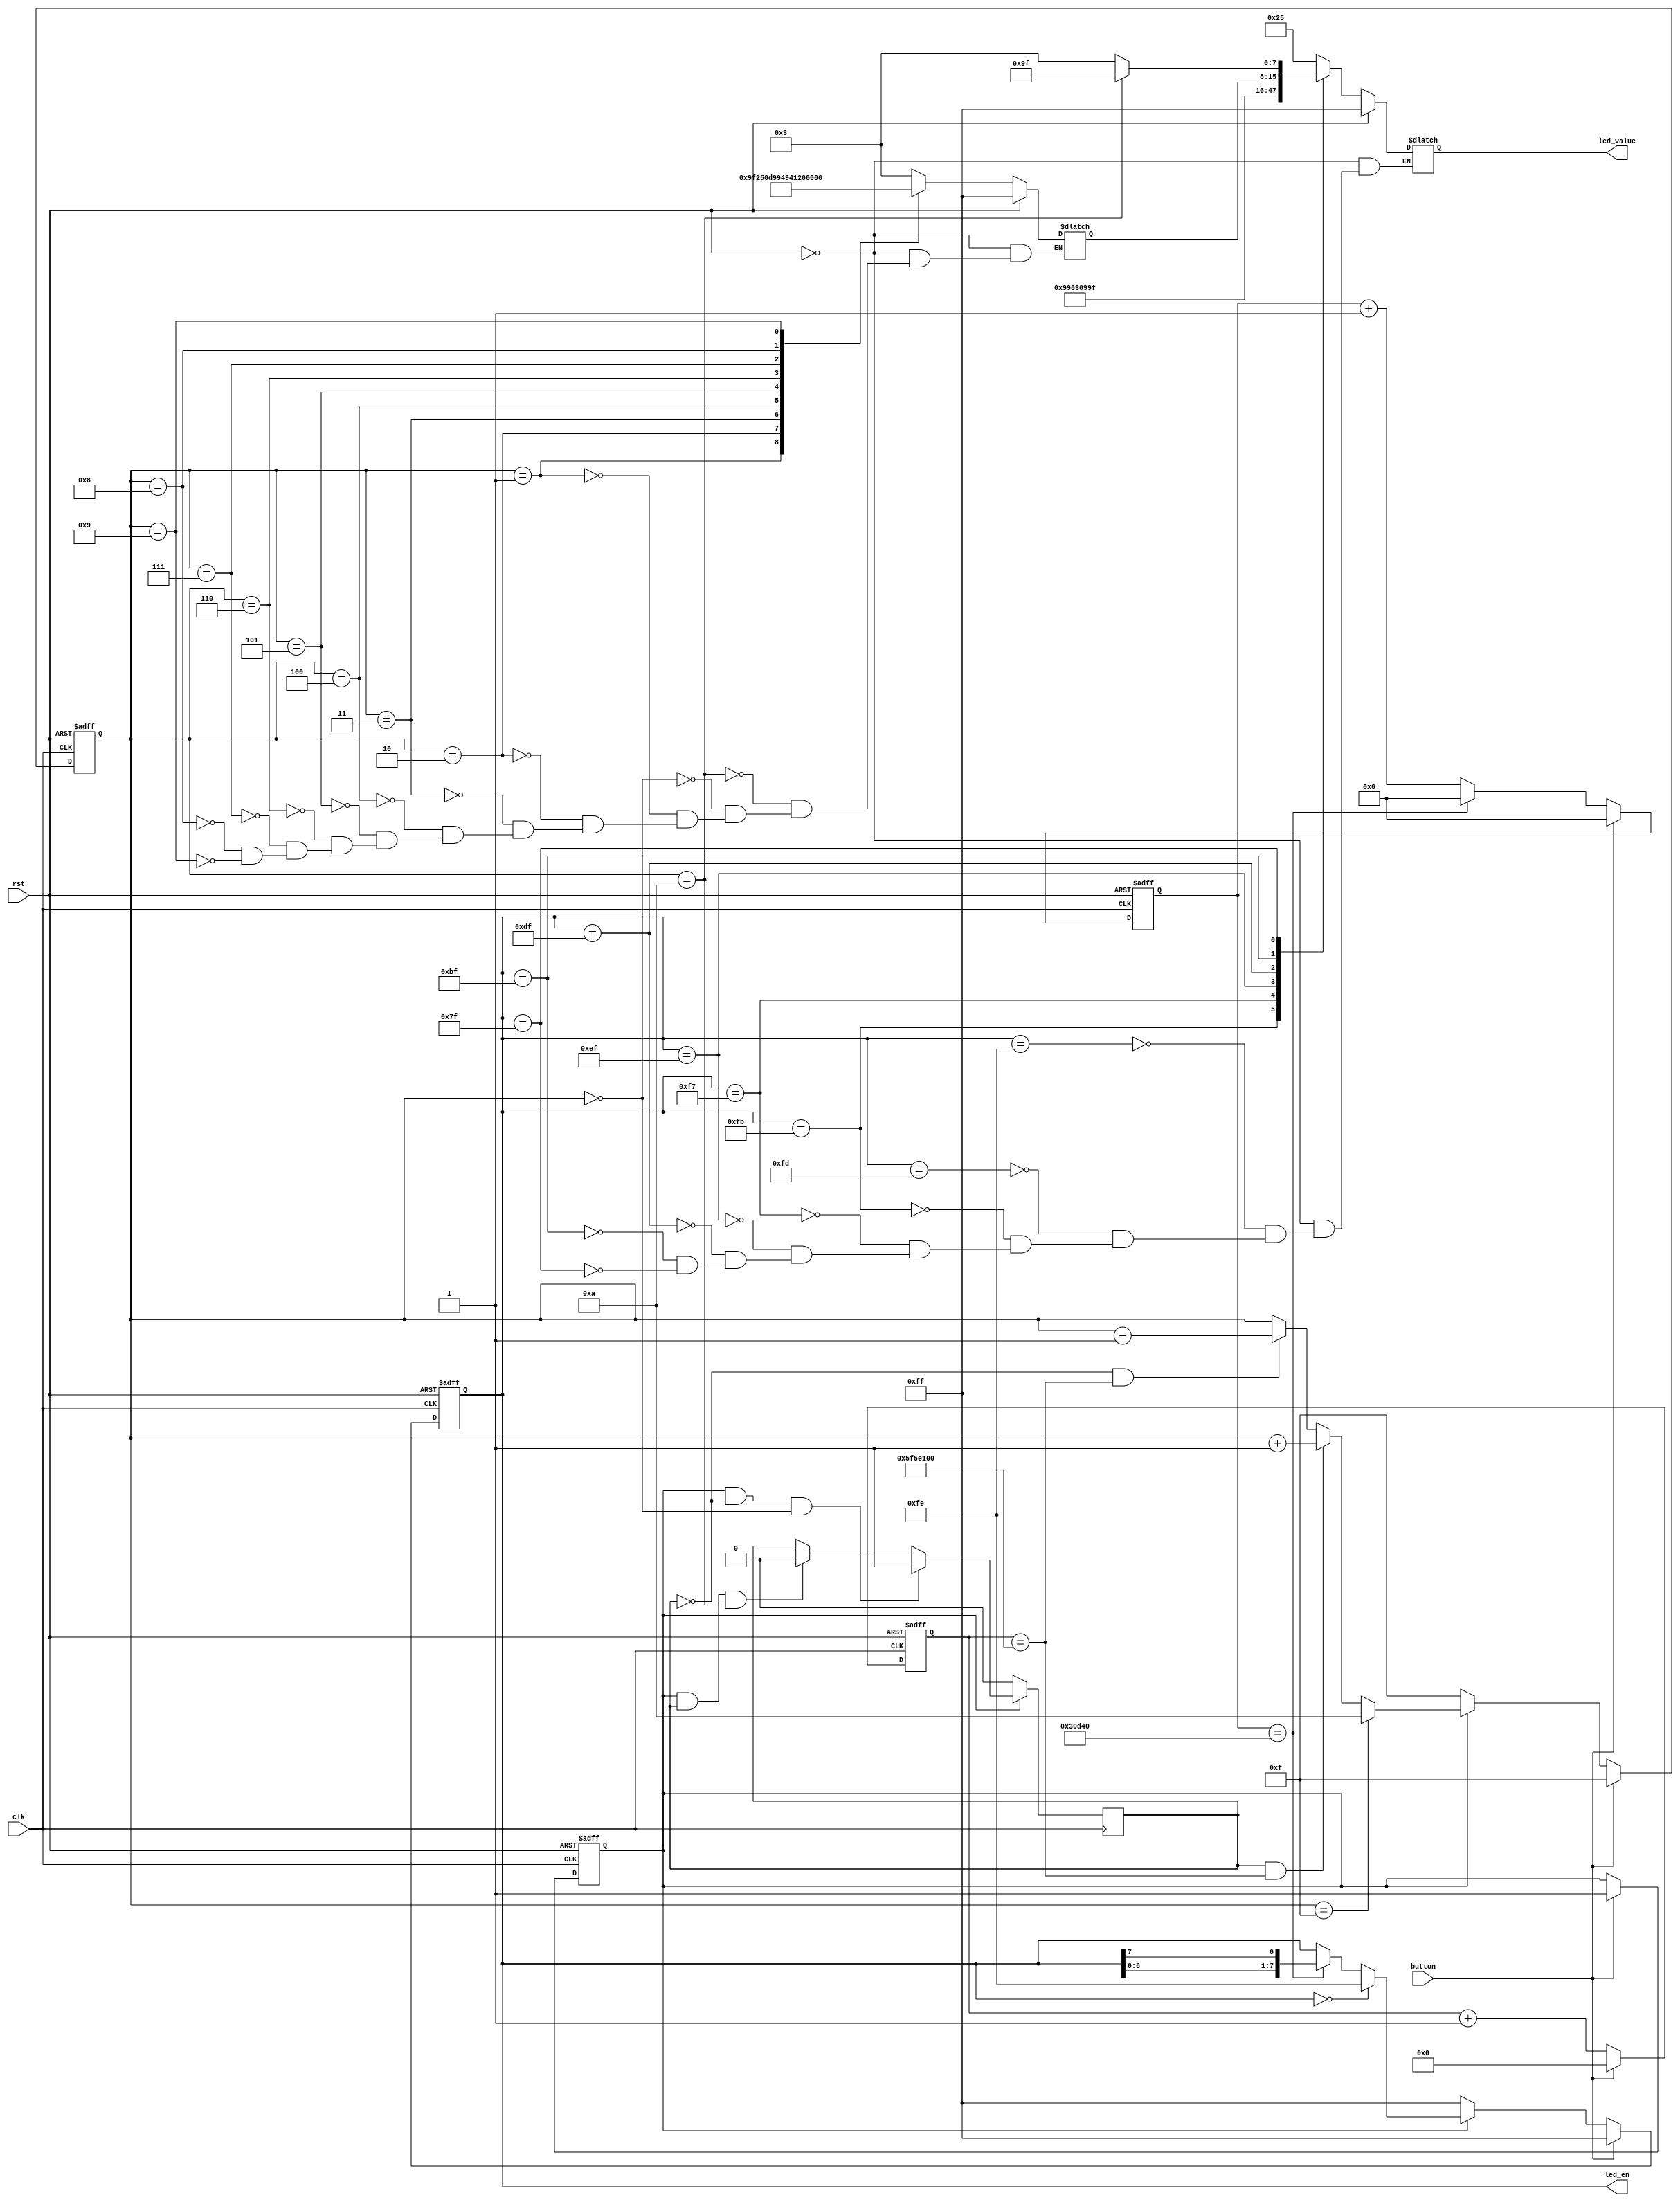
module led(
    input clk,
    input rst,
    input button, 
    output reg [7:0]led_en,
    output reg [7:0]led_value
    );
    // 第一个分频，2ms
    reg [17:0]cnt1;
    always@(posedge clk or posedge rst) begin
        if(rst)
            cnt1 <= 'b0;
        else if(button)
            cnt1 <= 'b0;
        else if(cnt1 == 200000)//200000
            cnt1 <= 'b0;
        else
            cnt1 <= cnt1+1'b1;
     end
    // 第二个分频
    reg [26:0]cnt2;
    always@(posedge clk or posedge rst) begin
        if(rst)
            cnt2 <= 'b0;
        else if(button)
            cnt2 <= 'b0;
        else if(cnt1 == 100000000)//100000000
            cnt2 <= 'b0;
        else
            cnt2 <= cnt2+1'b1;
     end

    // flag信号判断是否正常运行
    reg flag;
    always@(posedge clk or posedge rst) begin
        if(rst)
            flag <= 'b0;
        else if(button)
            flag <= 'b1;
        else;
     end
    
    // led使能部分
    always@(posedge clk or posedge rst) begin
        if(rst)
            led_en <= 8'b1111_1111;
        else if(button)
            led_en <= 8'b1111_1111;
        else if(!flag)
            led_en <= 8'b1111_1111;
        else if(!led_en)
            led_en <= 8'b1111_1110;
        else if(cnt1 == 200000)
            led_en <= {led_en[6:0],led_en[7]};
        else;
    end

    // 倒计时部分
    reg [3:0]time_now;
    reg stats;  // 为0表示减少，为1表示增加
    always@(posedge clk) begin
        if(!flag)
            stats <= 'b0;
        else if(flag && !stats && time_now == 0)
            stats <= 'b1;
        else if(flag && stats && time_now == 10)
            stats <= 'b0;
        else;
    end
    always@(posedge clk or posedge rst) begin
        if(rst)
            time_now <= 4'hf;
        else if(button)
            time_now <= 4'hf;
        else if(!flag)
            time_now <= 4'hf;
        else if(time_now == 15)
            time_now <= 4'd10;
        else if(stats && cnt2 == 100000000)
            time_now <= time_now+1'b1;
        else if(!stats && cnt2 == 100000000)
            time_now <= time_now-1'b1;
        else;
    end

    // led显示部分
    reg [7:0]value7;// 倒计时
    reg [7:0]value6;
    reg [7:0]value5 = 8'b1001_1111;// 年级
    reg [7:0]value4 = 8'b0000_1001;
    reg [7:0]value3 = 8'b0000_0011;// 班级
    reg [7:0]value2 = 8'b1001_1001;
    reg [7:0]value1 = 8'b0010_0101;// 学号后两位
    reg [7:0]value0 = 8'b0010_0101;

    always@(*) begin
        if(rst)
            value6 = 8'b1111_1111;
        else
            case(time_now)
            4'h0a:
                value6 = 8'b0000_0011;
            4'h00:
                value6 = 8'b0000_0011;
            4'h01:
                value6 = 8'b1001_1111;
            4'h02:
                value6 = 8'b0010_0101;
            4'h03:
                value6 = 8'b0000_1101;
            4'h04:
                value6 = 8'b1001_1001;
            4'h05:
                value6 = 8'b0100_1001;
            4'h06:
                value6 = 8'b0100_0001;
            4'h07:
                value6 = 8'b0001_1111;
            4'h08:
                value6 = 8'b0000_0001;
            4'h09:
                value6 = 8'b0000_1001;
            endcase
    end
    always@(*) begin
        if(rst)
            value7 = 8'b1111_1111;
        else
            case(time_now)
            4'h0a:
                value7 = 8'b1001_1111;
            default:
                value7 = 8'b0000_0011;
            endcase
    end
    // 总的赋值
    always@(*) begin
        if(rst)
            led_value = 8'b1111_1111;
        else
            case(led_en)
                8'b1111_1110: led_value = value0;
                8'b1111_1101: led_value = value1;
                8'b1111_1011: led_value = value2;
                8'b1111_0111: led_value = value3;
                8'b1110_1111: led_value = value4;
                8'b1101_1111: led_value = value5;
                8'b1011_1111: led_value = value6;
                8'b0111_1111: led_value = value7;
            endcase
    end

endmodule